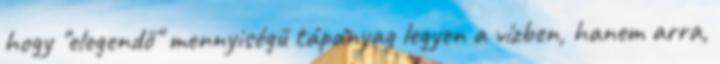
hogy "elegendő" mennyiségű tápanyag legyen a vízben, hanem arra,